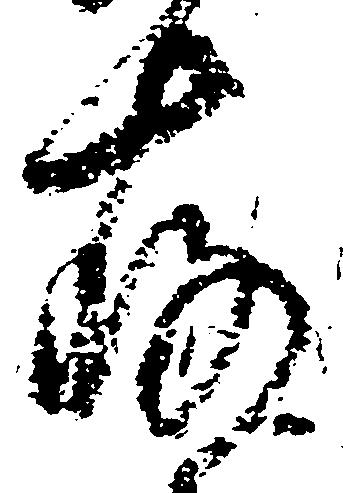
存